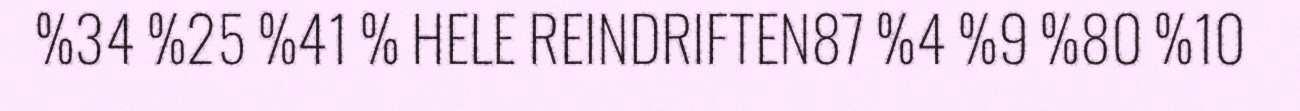
%34 %25 %41 % HELE REINDRIFTEN87 %4 %9 %80 %10